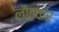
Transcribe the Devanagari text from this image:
लौठकर